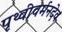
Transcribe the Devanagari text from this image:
पृथ्वीवर्मनदेव